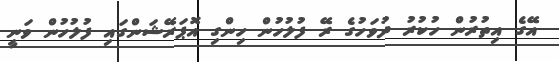
އޭގެ އިތުރުން ހުކުރު ދުވަހުގެ ރޭ ފުލުހުން ހިންގި އޮޕަރޭޝަންގައި ފުލުހުން ވަނީ